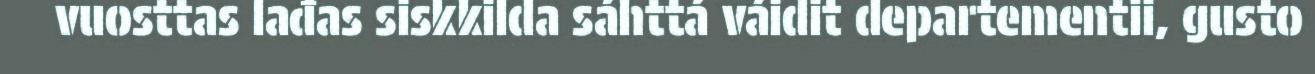
vuosttas lađas siskkilda sáhttá váidit departementii, gusto